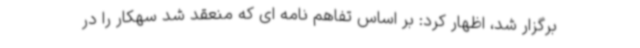
برگزار شد، اظهار کرد: بر اساس تفاهم نامه ای که منعقد شد سهکار را در